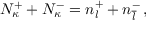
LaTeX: N _ { \kappa } ^ { + } + N _ { \kappa } ^ { - } = n _ { l } ^ { + } + n _ { \overline { { l } } } ^ { - } \, ,